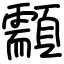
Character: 顬